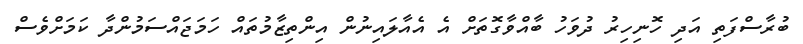
ބުރާސްފަތި އަދި ހޮނިހިރު ދުވަހު ބާއްވާގޮތަށް އެ އެއާލައިނުން އިންތިޒާމުތައް ހަމަޖައްސަމުންދާ ކަމަށްވެސް